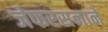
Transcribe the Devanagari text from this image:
जेफरसनाने